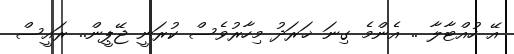
އޭ ހުއްޓާލާ .. އެންމެ ގިނަ ޚަރަދު މިހާރުވެސް ކުރަނީ ޖޭޕީން.. ރައީސް